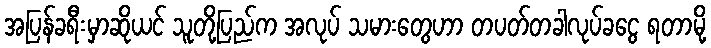
အပြန်ခရီးမှာဆိုယင် သူတို့ပြည်က အလုပ် သမားတွေဟာ တပတ်တခါလုပ်ခငွေ ရတာမို့